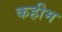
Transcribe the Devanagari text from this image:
कहीम